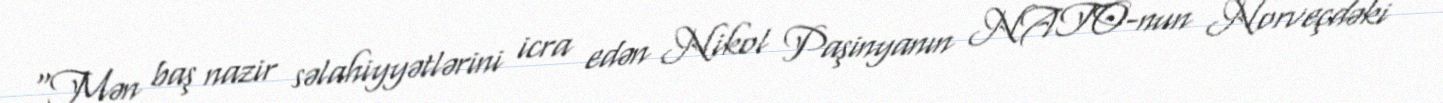
“Mən baş nazir səlahiyyətlərini icra edən Nikol Paşinyanın NATO-nun Norveçdəki